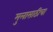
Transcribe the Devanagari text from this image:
मुलासाठीचा